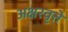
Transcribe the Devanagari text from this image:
अक्षरवृत्ते